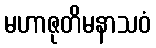
မဟာဇုတိမနာသဝံ